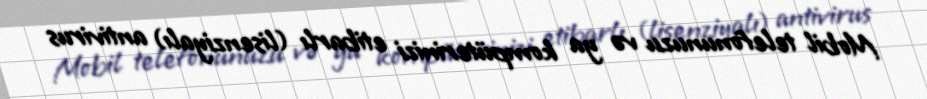
Mobil telefonunuzu və ya kompüterinizi etibarlı (lisenziyalı) antivirus